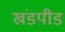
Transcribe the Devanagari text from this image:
खंडपीड